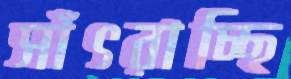
সাঁৎরাচ্ছি